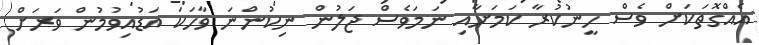
އެއްގޮތަކަށް ވެސް ހީނުކުރާ ކަމަށާއި ނަމަވެސް ޖަލުން ނިކުންނަ ވާހަކަ އަޑުއިވުމުން ވަރަށް